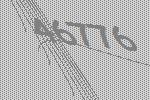
46776